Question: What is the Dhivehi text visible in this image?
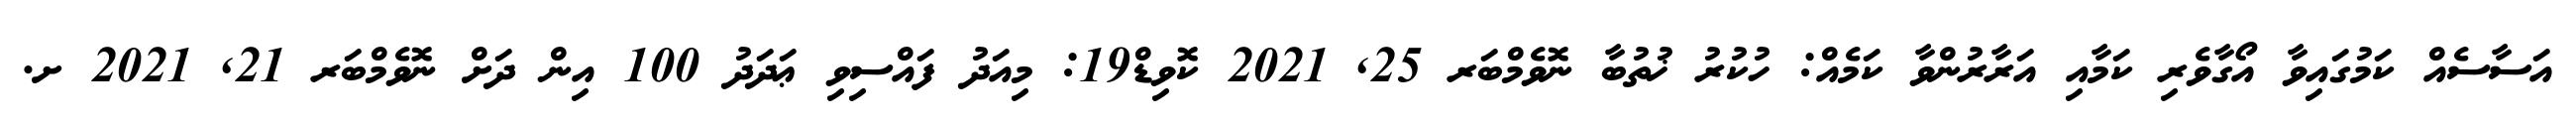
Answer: އަސާސެއް ކަމުގައިވާ އޯގާވެރި ކަމާއި އަރާރުންވާ ކަމެއް: ހުކުރު ޚުތުބާ ނޮވެމްބަރ 25, 2021 ކޮވިޑް19: މިއަދު ފައްސިވި ޢަދަދު 100 އިން ދަށް ނޮވެމްބަރ 21, 2021 ށ.